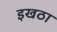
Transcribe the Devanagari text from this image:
इखठा